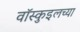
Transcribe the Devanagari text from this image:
वॉस्कुइलच्या